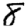
Digit: 8